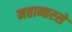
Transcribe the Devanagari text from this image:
मतान्तरसे